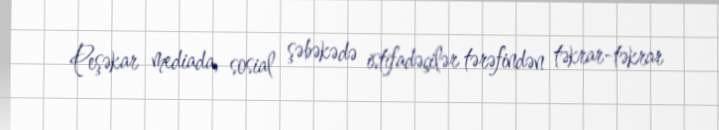
Peşəkar mediada, sosial şəbəkədə istifadəçilər tərəfindən təkrar-təkrar